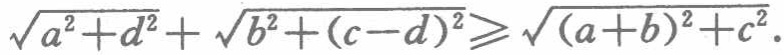
\(\sqrt{a^{2}+d^{2}}+\sqrt{b^{2}+(c - d)^{2}}\geqslant\sqrt{(a + b)^{2}+c^{2}}\)